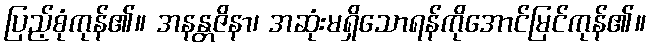
ပြည့်စုံကုန်၏။ အနန္တဇိနာ၊ အဆုံးမရှိသောရန်ကိုအောင်မြင်ကုန်၏။